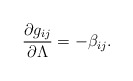
\begin{align*}\frac{\partial g_{ij}}{\partial\Lambda}=-\beta_{ij}.\end{align*}